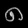
Digit: ၈